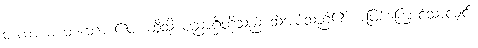
တထာ စ တတော ဧဝ၊ ထိုသို့ ပညာရှိတို့သည် သိအပ်သည်၏ အဖြစ်ကြောင့်သာလျှင်။